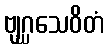
ဗျဂ္ဃသေဝိတံ